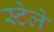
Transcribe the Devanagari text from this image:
स्टेले